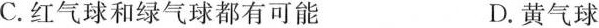
C.红气球和绿气球都有可能 D.黄气球